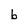
Character: b